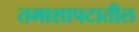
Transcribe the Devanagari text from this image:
तमाशापटातील